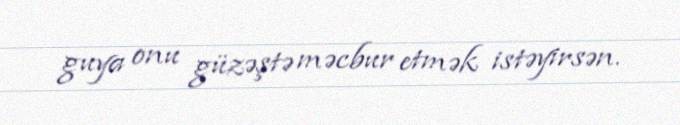
guya onu güzəştə məcbur etmək istəyirsən.